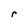
Character: r